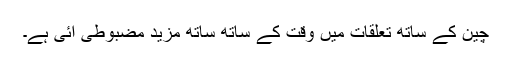
چین کے ساتھ تعلقات میں وقت کے ساتھ ساتھ مزید مضبوطی آئی ہے۔